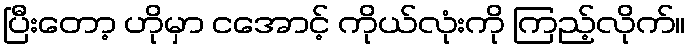
ပြီးတော့ ဟိုမှာ ငအောင့် ကိုယ်လုံးကို ကြည့်လိုက်။